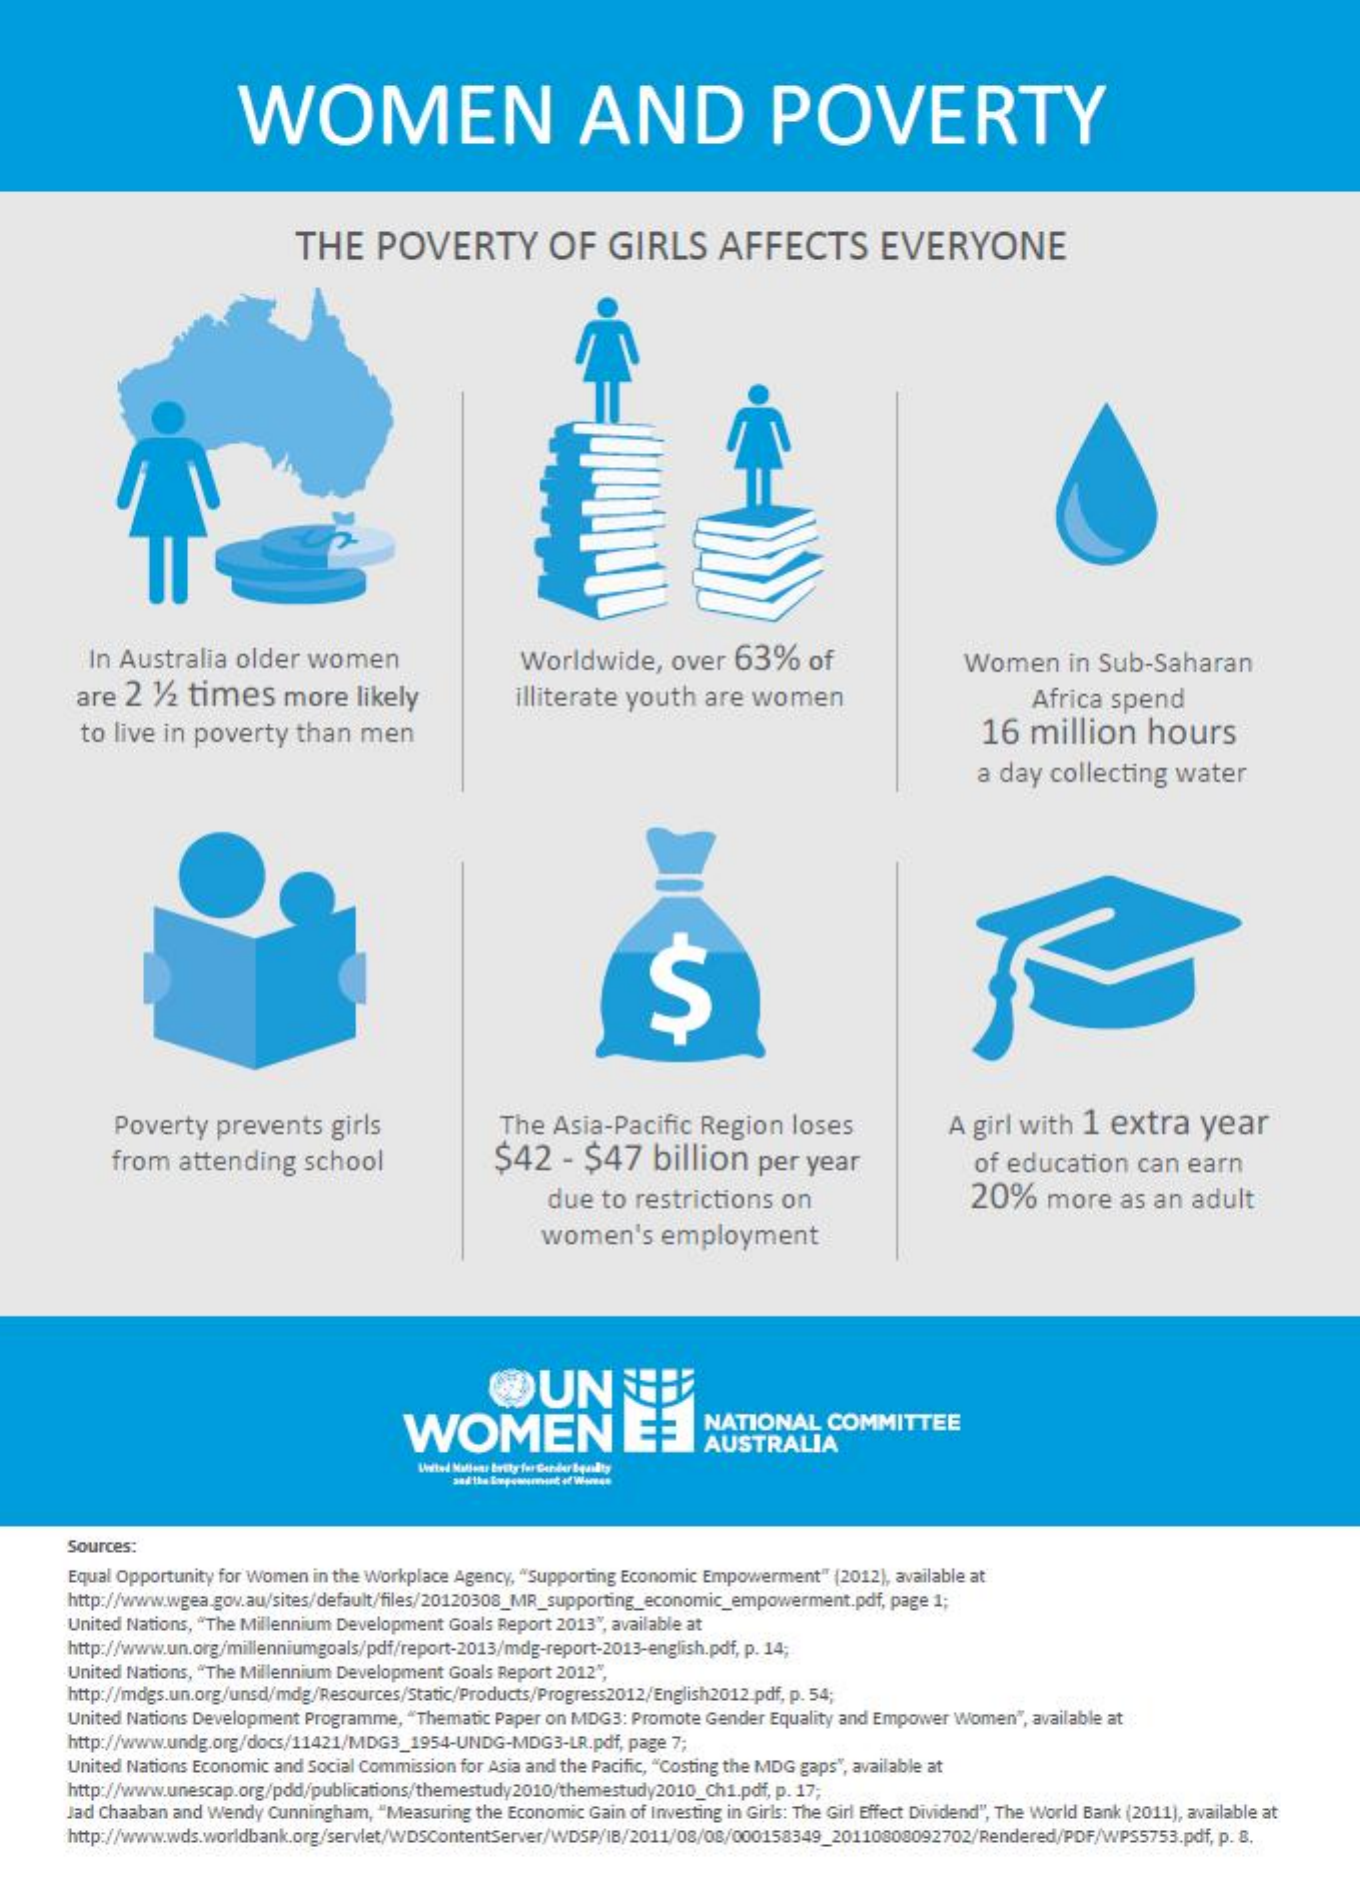
WOMEN    AND    POVERTY
     THE    POVERTY    OF    GIRLS    AFFECTS    EVERYONE
     In Australia   older   women    Worldwide,    over   63%    of    Women    in Sub-Saharan
     are  2  1/2 times    more    likely    illiterate  youth   are  women    Africa   spend
     to live in  poverty    than   men    16   million    hours
     a day  collecting    water
     Ş
     Poverty    prevents    girls    The  Asia-Pacific    Region    loses
     from   attending    school    $42    - $47    billion    per  year
     A girl with   1  extra    year
     of education    can  earn
     due  to  restrictions    on    20%    more    as  an  adult
     women's    employment
     WOMEN    NATIONAL    COMMITTEE
     AUSTRALIA
     Listed Ballons brity for GenderEquality
     Sources:
     Equal Opportunity for Women in the Workplace Agency, "Supporting Economic Empowerment" (2012), available at
     http://www.wgea.gov.au/sites/default/files/20120308_MR_supporting_economic_empowerment.pdf, page 1;
     United Nations, "The Millennium Development Goals Report 2013", available at
     http://www.un.org/millenniumgoals/pdf/report-2013/mdg-report-2013-english.pdf, p. 14;
     United Nations, "The Millennium Development Goals Report 2012",
     http://mdgs.un.org/unsd/mdg/Resources/Static/Products/Progress2012/English2012.pdf, p. 54;
     United Nations Development Programme, "Thematic Paper on MDG3: Promote Gender Equality and Empower Women", available at
     http://www.undg.org/docs/11421/MDG3_1954-UNDG-MDG3-LR.pdf, page 7;
     United Nations Economic and Social Commission for Asia and the Pacific, "Costing the MDG gaps", available at
     http://www.unescap.org/pdd/publications/themestudy2010/themestudy2010_Ch1.pdf, p. 17;
     Jad Chaaban and Wendy Cunningham, "Measuring the Economic Gain of Investing in Girls: The Girl Effect Dividend", The World Bank (2011), available at
     http://www.wds.worldbank.org/servlet/WDSContentServer/WDSP/IB/2011/08/08/000158349_20110808092702/Rendered/PDF/WPS5753.pdf, p. 8,